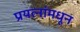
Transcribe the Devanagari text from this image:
प्रयत्‍नांमधून